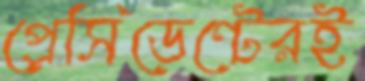
প্রেসিডেন্টেরই